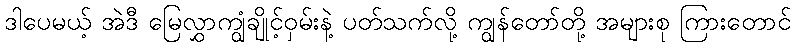
ဒါပေမယ့် အဲဒီ မြေလွှာကျွံချိုင့်ဝှမ်းနဲ့ ပတ်သက်လို့ ကျွန်တော်တို့ အများစု ကြားတောင်